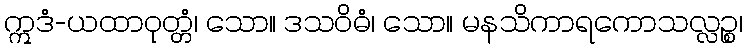
ဣဒံ-ယထာဝုတ္တံ၊ သော။ ဒသဝိဓံ၊ သော။ မနသိကာရကောသလ္လဉ္စ၊